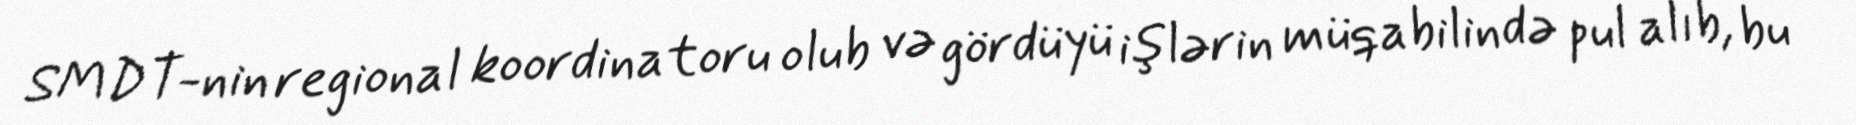
SMDT-nin regional koordinatoru olub və gördüyü işlərin müqabilində pul alıb, bu